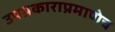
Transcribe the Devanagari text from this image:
उपप्रकाराप्रमाणेच